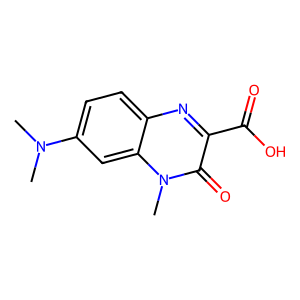
SMILES: CN(C)c1ccc2nc(C(=O)O)c(=O)n(C)c2c1
Inhibits HIV replication: No